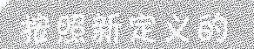
按照新定义的